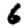
Digit: 6